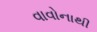
વાવોનાથી